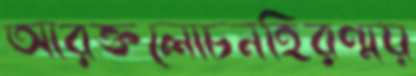
আরক্তলোচনহিরণ্ময়